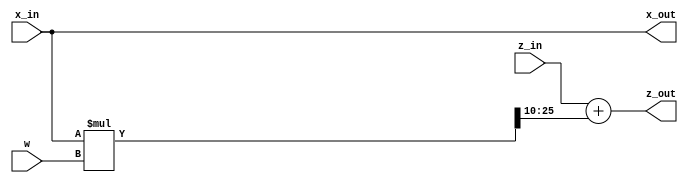
// This program was cloned from: https://github.com/yohanes-erwin/pemrograman_zynq
// License: MIT License

// *** Author : Erwin Ouyang
// *** Date   : 8 May 2018
`timescale 1ns / 1ps

module matrix_pe
    (
        input wire signed [15:0]  x_in,
        input wire signed [15:0]  z_in,
        input wire signed [15:0]  w,
        output wire signed [15:0] x_out,
        output wire signed [15:0] z_out
    );
    
    wire signed [31:0] z_out_i;
    
    assign x_out = x_in;
    assign z_out_i = x_in * w;
    assign z_out = z_in + z_out_i[25:10];
    
endmodule